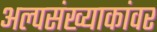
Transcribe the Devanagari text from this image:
अल्पसंख्याकांवर